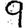
Digit: 9